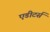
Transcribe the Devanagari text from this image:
एडीटर्स